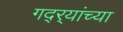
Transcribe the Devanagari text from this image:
गद्र्‍यांच्या